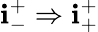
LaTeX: \mathbf{i}_{-}^{+}\Rightarrow\mathbf{i}_{+}^{+}